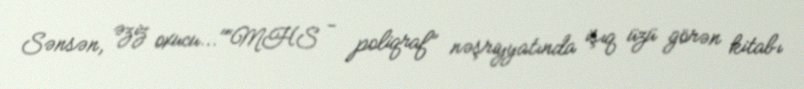
Sənsən, əziz oxucu..."“MHS - poliqraf” nəşriyyatında işıq üzü görən kitabı